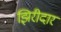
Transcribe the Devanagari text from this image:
झिरीदार